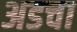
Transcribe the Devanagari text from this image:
अडचा